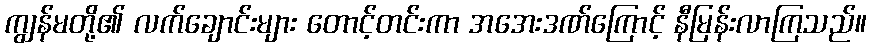
ကျွန်မတို့၏ လက်ချောင်းများ တောင့်တင်းကာ အအေးဒဏ်ကြောင့် နီမြန်းလာကြသည်။